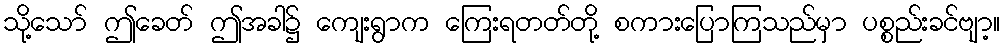
သို့သော် ဤခေတ် ဤအခါ၌ ကျေးရွာက ကြေးရတတ်တို့ စကားပြောကြသည်မှာ ပစ္စည်းခင်ဗျာ့။